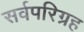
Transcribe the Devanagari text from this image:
सर्वपरिग्रह